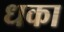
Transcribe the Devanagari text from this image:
धका